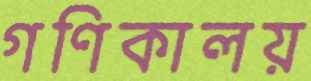
গণিকালয়